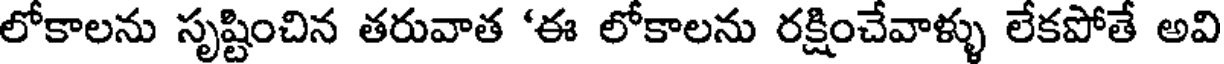
లోకాలను సృష్టించిన తరువాత 'ఈ లోకాలను రక్షించేవాళ్ళు లేకపోతే అవి